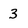
Character: 3